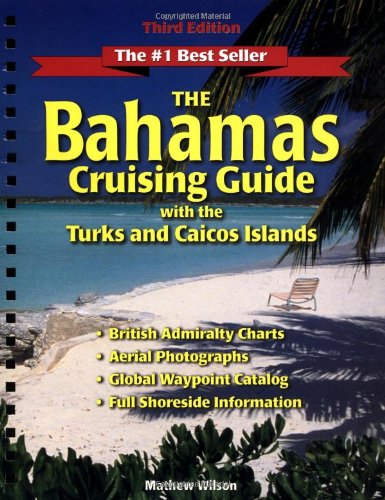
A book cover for The Bahamas Cruising Guide: With the Turks and Caicos Islands; Mathew Wilson; Travel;